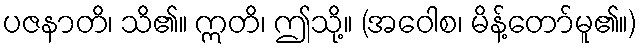
ပဇနာတိ၊ သိ၏။ ဣတိ၊ ဤသို့။ (အဝေါစ၊ မိန့်တော်မူ၏။)